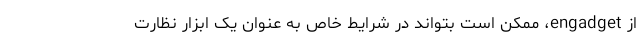
از engadget، ممکن است بتواند در شرایط خاص به عنوان یک ابزار نظارت